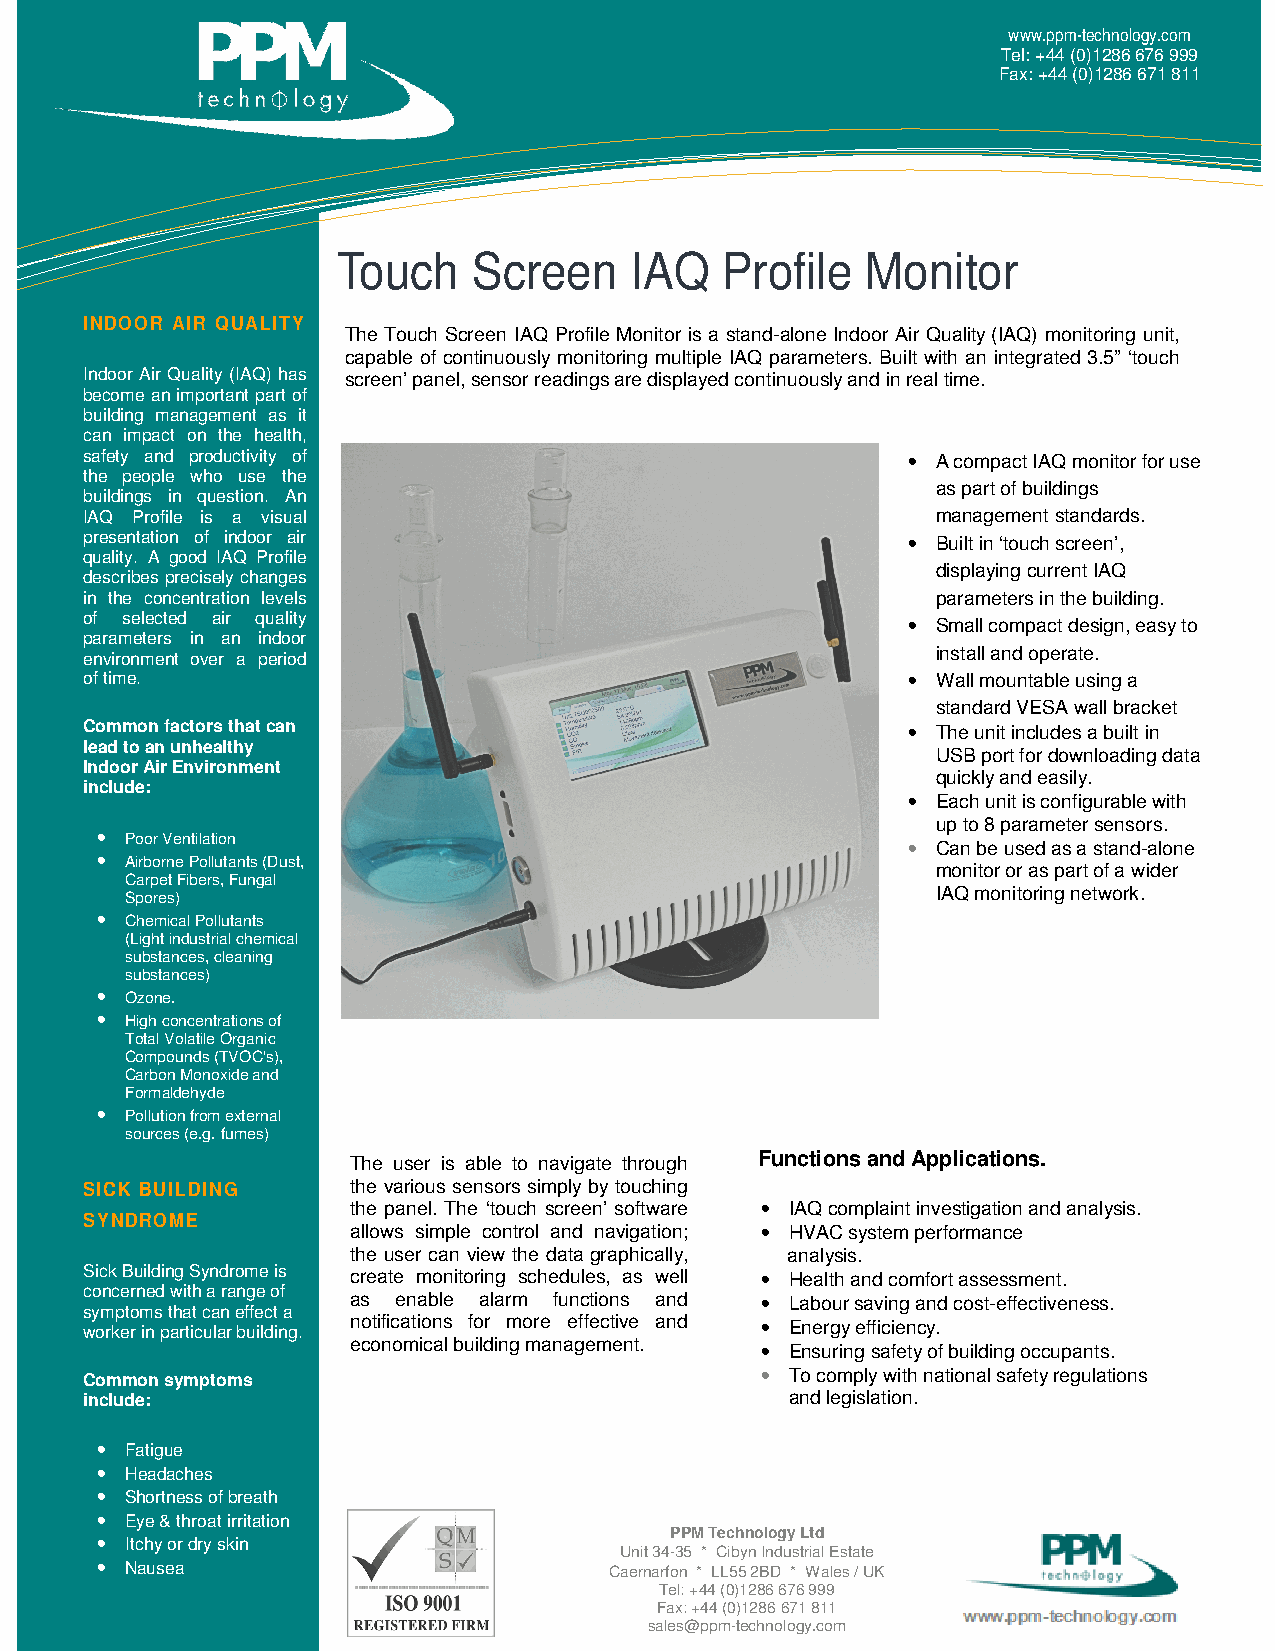
www.ppm-technology.com
 Tel: +44 (0)1286 676 999
 Fax: +44 (0)1286 671 811
 Touch    Screen     IAQ   Profile  Monitor
 INDOOR AIR QUALITY
 The Touch Screen IAQ Profile Monitor is a stand-alone Indoor Air Quality (IAQ) monitoring unit,
 capable of continuously monitoring multiple IAQ parameters. Built with an integrated 3.5” ‘touch
 In door Air Quality (IAQ) has screen’ panel, sensor readings are displayed continuously and in real time.
 become an important part of
 building management as it
 can impact on the health,
 safety and productivity of                            • A compact IAQ monitor for use
 the people who use the
 as part of buildings
 buildings in question. An
 IAQ Profile is a visual                                 management standards.
 presentation of indoor air                            • Built in ‘touch screen’,
 quality. A good IAQ Profile
 displaying current IAQ
 describes precisely changes
 in the concentration levels                             parameters in the building.
 of selected air quality                               • Small compact design, easy to
 parameters in an indoor
 environment over a period
 install and operate.
 of time.                                              • Wall mountable using a
 standard VESA wall bracket
 Common factors that can                               • The unit includes a built in
 lead to an unhealthy
 USB port for downloading data
 Indoor Air Environment
 quickly and easily.
 include:
 • Each unit is configurable with
 up to 8 parameter sensors.
 •
 Poor Ventilation                                    • Can be used as a stand-alone
 •
 Airborne Pollutants (Dust,
 monitor or as part of a wider
 Carpet Fibers, Fungal
 IAQ monitoring network.
 Spores)
 •
 Chemical Pollutants
 (Light industrial chemical
 substances, cleaning
 substances)
 •
 Ozone.
 •
 High concentrations of
 Total Volatile Organic
 Compounds (TVOC's),
 Carbon Monoxide and
 Formaldehyde
 •
 Pollution from external
 sources (e.g. fumes)
 The user is able to navigate through Functions and Applications.
 SICK BUILDING    the various sensors simply by touching
 the panel. The ‘touch screen’ software • IAQ complaint investigation and analysis.
 SYNDROME
 allows simple control and navigation; • HVAC system performance
 the user can view the data graphically, analysis.
 Sick Building Syndrome is create monitoring schedules, as well • Health and comfort assessment.
 c oncerned with a range of
 s y mptoms that can effect a
 as enable alarm functions and • Labour saving and cost-effectiveness.
 w orker in particular building. notifications for more effective and • Energy efficiency.
 economical building management. • Ensuring safety of building occupants.
 C ommon symptoms                            • To comply with national safety regulations
 in clude:                                     and legislation.
 • Fatigue
 • Headaches
 • Shortness of breath
 • Eye & throat irritation
 • Itchy or dry skin                   PPM Technology Ltd
 • Nausea
 CaU en ri nt a3 r4 fo-3 n5
 *
 *
 L
 C Li 5b 5y n
 2
 BIn Dd u *s t r Wia al E les st a
 /
 t Ue
 K
 Tel: +44 (0)1286 676 999
 Fax: +44 (0)1286 671 811
 sales@ppm-technology.com